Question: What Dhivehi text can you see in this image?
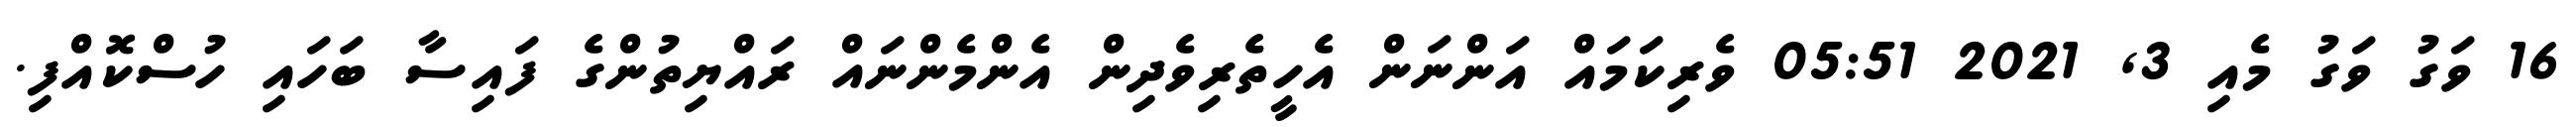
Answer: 16 ވަގު ވަގު މެއި 3, 2021 05:51 ވެރިކަމައް އަންނަން އެހީތެރިވެދިން އެންމެންނައް ރައްޔިތުންގެ ފައިސާ ބަހައި ހުސްކޮއްފި.